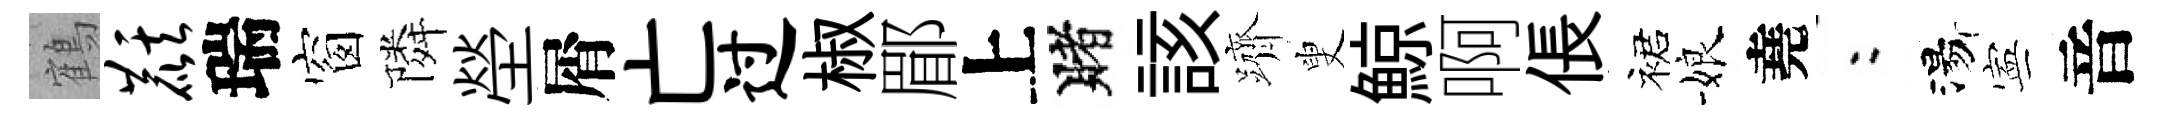
鶴麒瑞窗隣塋屑亡过椒郿上賭該躋叟鯨啊倀裙娘堯欸湯寕音